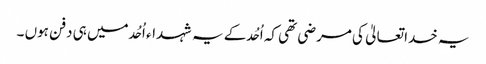
یہ خدا تعالیٰ کی مرضی تھی کہ اُحُد کے یہ شہداء اُحُد میں ہی دفن ہوں ۔